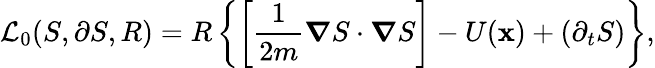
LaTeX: \mathcal{L}_{0}(S,\partial S,R)=R\left\{ \left[\frac{1}{2m}\boldsymbol{\nabla}S\cdot\boldsymbol{\nabla}S\right]-U(\mathbf{x})+(\partial_{t}S)\right\} ,